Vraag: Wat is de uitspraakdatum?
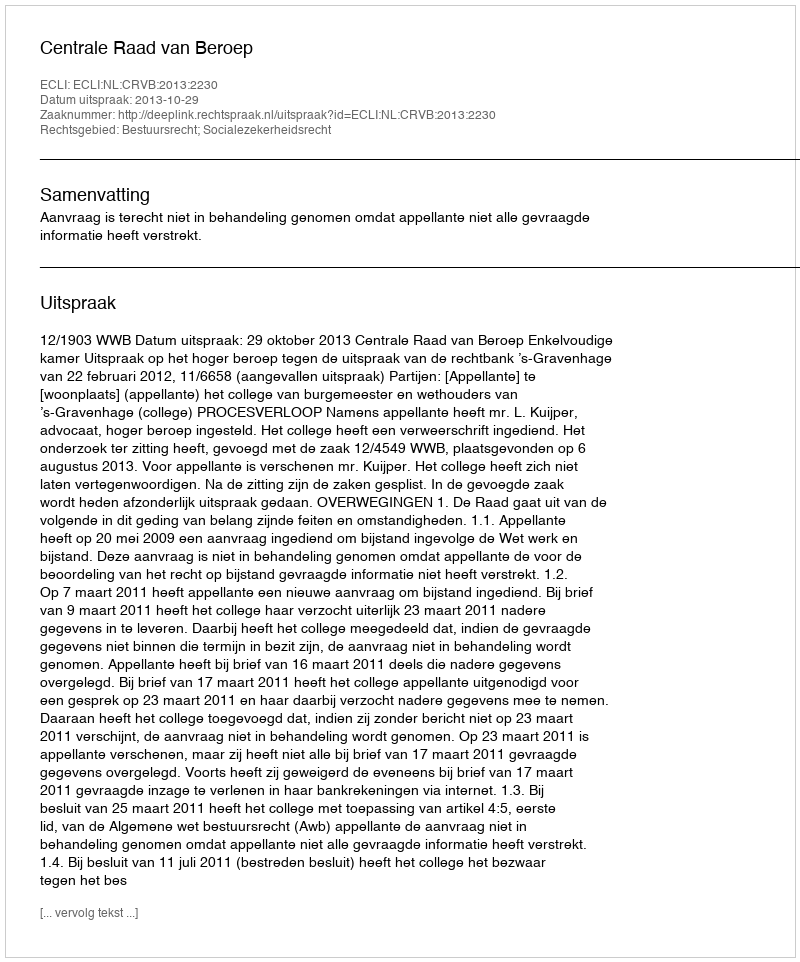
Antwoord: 2013-10-29